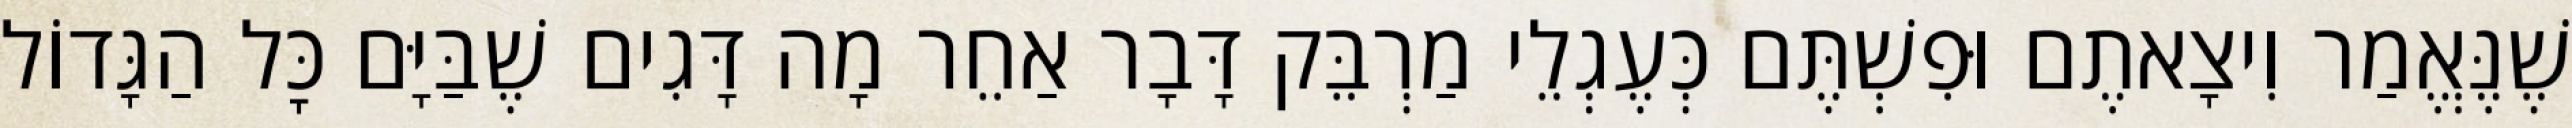
שֶׁנֶּאֱמַר וִיצָאתֶם וּפִשְׁתֶּם כְּעֶגְלֵי מַרְבֵּק דָּבָר אַחֵר מָה דָּגִים שֶׁבַּיָּם כׇּל הַגָּדוֹל